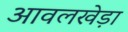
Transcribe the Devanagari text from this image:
आवलखेड़ा